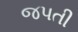
જપતી